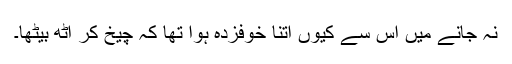
نہ جانے میں اس سے کیوں اتنا خوفزدہ ہوا تھا کہ چیخ کر اٹھ بیٹھا۔